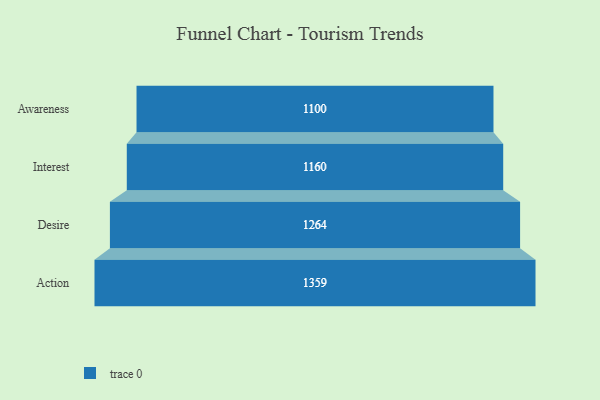
{"axis": {"x": "Stage", "y": "Value"}, "legend": [""], "data": [{"x": "Awareness", "y": 1100.0, "type": ""}, {"x": "Interest", "y": 1160.0, "type": ""}, {"x": "Desire", "y": 1264.0, "type": ""}, {"x": "Action", "y": 1359.0, "type": ""}]}